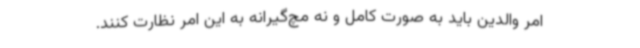
امر والدین باید به صورت کامل و نه مچ‌گیرانه به این امر نظارت کنند.